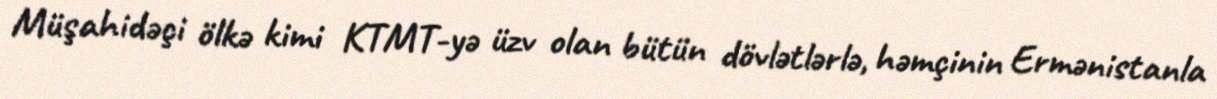
Müşahidəçi ölkə kimi KTMT-yə üzv olan bütün dövlətlərlə, həmçinin Ermənistanla